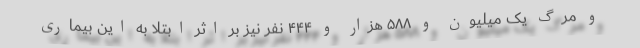
و مرگ یک میلیون و ۵۸۸ هزار و ۴۴۴ نفر نیز بر اثر ابتلا به این بیماری